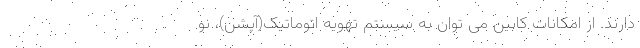
دارند. از امکانات کابین می توان به سیستم تهویه اتوماتیک(آپشن)، نو